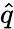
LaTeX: \hat{q}